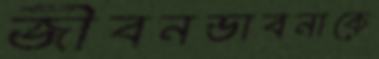
জীবনভাবনাকে